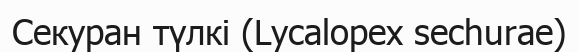
Секуран түлкі (Lycalopex sechurae)